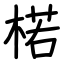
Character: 楉